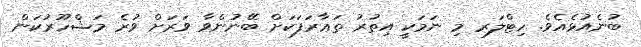
ބުނެއުޅެއެވެ. ހިޓްލަރ މި ނަމަކީ އިތުރު ތަޢާރަފަކަށް ބޭނުންވާ ވަރަށް ވުރެ މަޝްހޫރުކަން